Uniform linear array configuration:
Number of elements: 8
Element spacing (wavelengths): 0.25
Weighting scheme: uniform
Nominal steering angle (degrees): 0
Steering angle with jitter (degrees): -1.049
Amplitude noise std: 0.05
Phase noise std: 0.05

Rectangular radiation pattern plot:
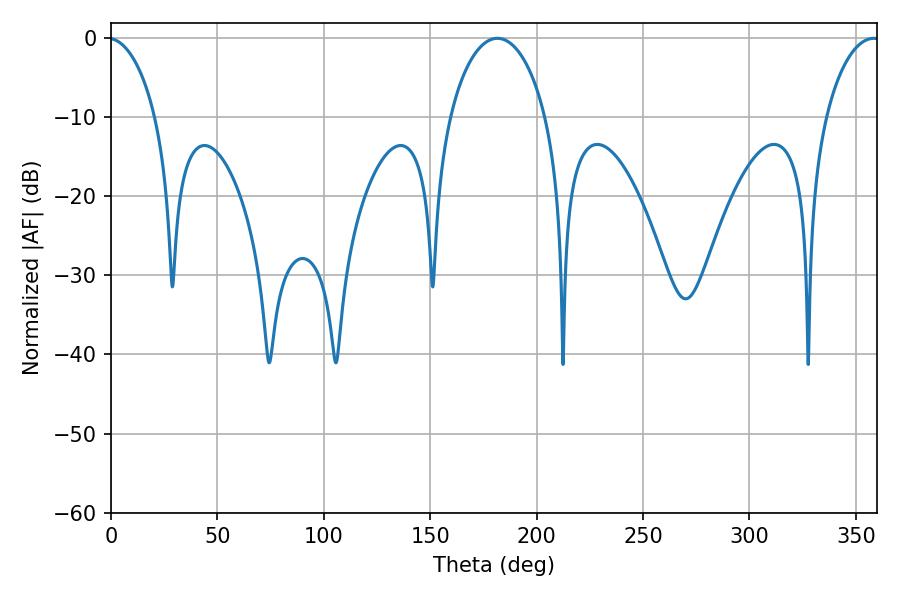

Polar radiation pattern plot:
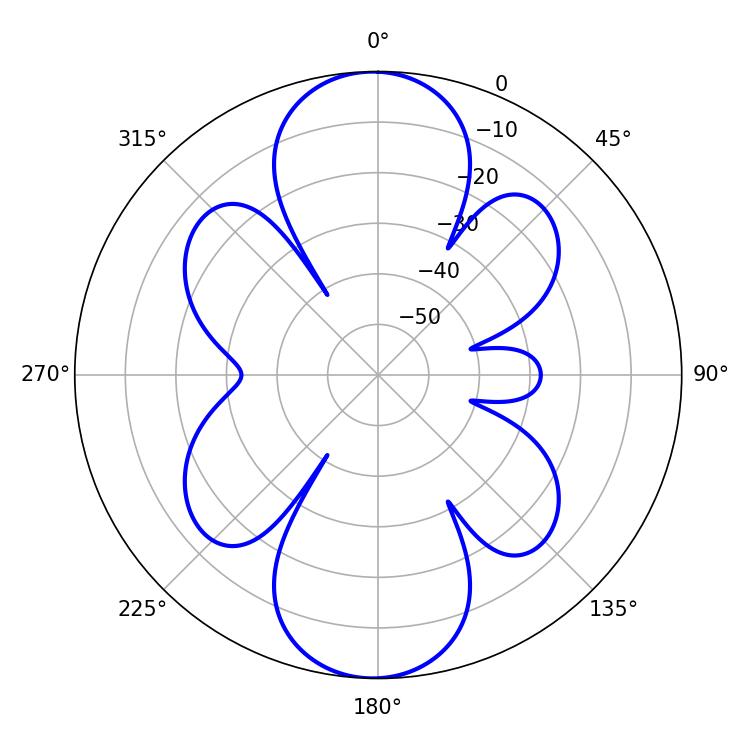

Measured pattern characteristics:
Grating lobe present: FALSE
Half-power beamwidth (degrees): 14.58
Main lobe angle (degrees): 358.38